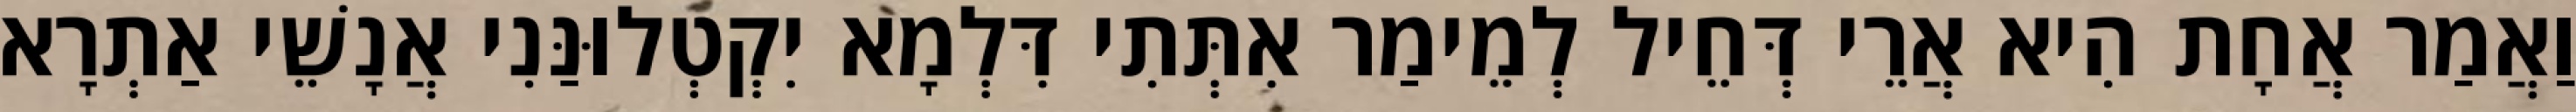
וַאֲמַר אֲחָת הִיא אֲרֵי דְּחֵיל לְמֵימַר אִתְּתִי דִּלְמָא יִקְטְלוּנַּנִי אֲנָשֵׁי אַתְרָא